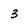
Character: 3